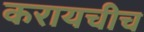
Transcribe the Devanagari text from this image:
करायचीच